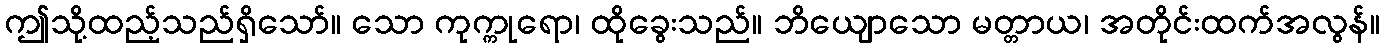
ဤသို့ထည့်သည်ရှိသော်။ သော ကုက္ကုရော၊ ထိုခွေးသည်။ ဘိယျောသော မတ္တာယ၊ အတိုင်းထက်အလွန်။